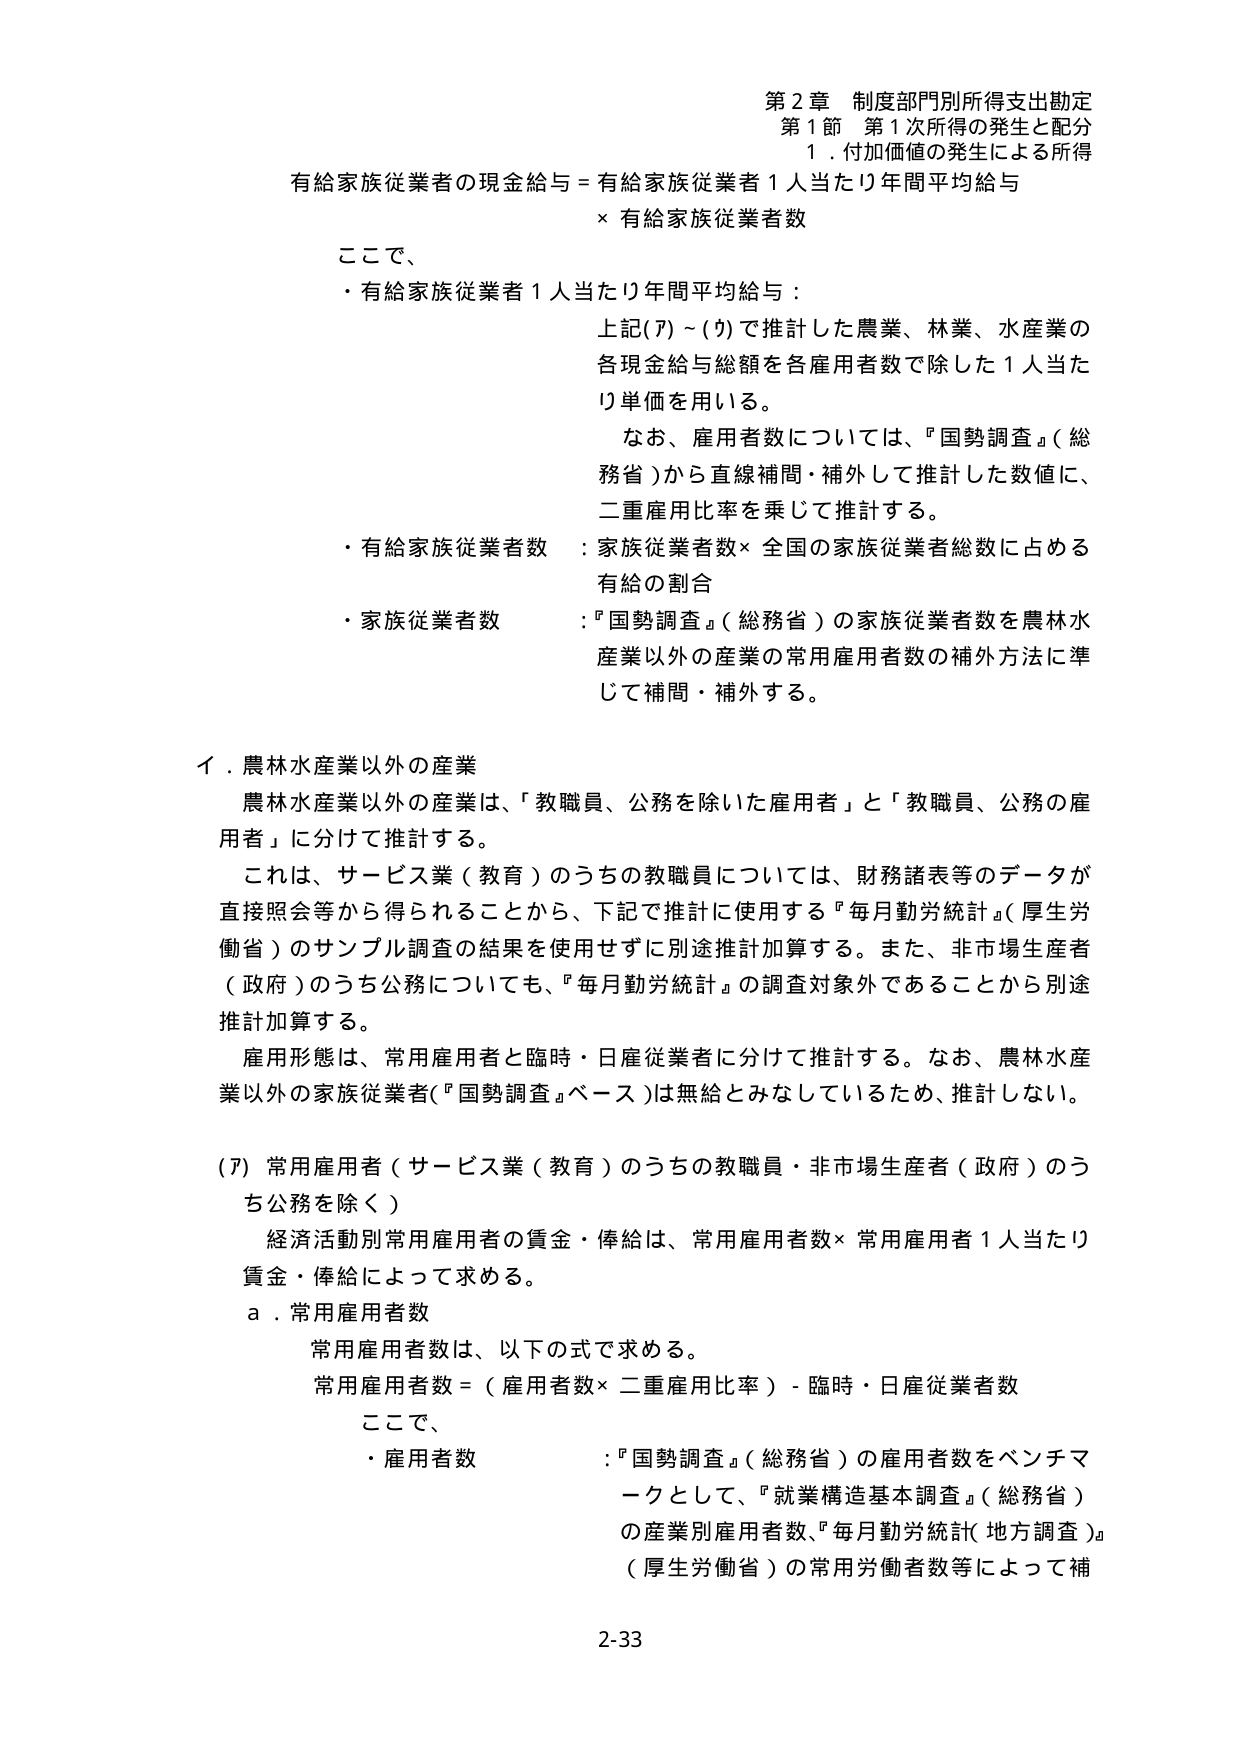
第２章 制度部門別所得支出勘定
第１節 第１次所得の発生と配分
１．付加価値の発生による所得

有給家族従業者の現金給与＝有給家族従業者１人当たり年間平均給与
　× 有給家族従業者数

ここで、
・有給家族従業者１人当たり年間平均給与：
　上記(7)～(9)で推計した農業、林業、水産業の
　各現金給与総額を各雇用者数で除した１人当た
　り単価を用いる。
　なお、雇用者数については、『国勢調査』（総
　務省）から直線補間・補外して推計した数値に、
　二重雇用比率を乗じて推計する。

・有給家族従業者数：家族従業者数×全国の家族従業者総数に占める
　有給の割合

・家族従業者数：『国勢調査』（総務省）の家族従業者数を農林水
　産業以外の産業の常用雇用者数の補外方法に準
　じて補間・補外する。

イ．農林水産業以外の産業
　農林水産業以外の産業は、「教職員、公務を除いた雇用者」と「教職員、公務の雇
　用者」に分けて推計する。
　これは、サービス業（教育）のうちの教職員については、財務諸表等のデータが
　直接照会等から得られることから、下記で推計に使用する『毎月勤労統計』（厚生労
　働省）のサンプル調査の結果を使用せずに別途推計加算する。また、非市場生産者
　（政府）のうち公務についても、『毎月勤労統計』の調査対象外であることから別途
　推計加算する。
　雇用形態は、常用雇用者と臨時・日雇従業者に分けて推計する。なお、農林水産
　業以外の家族従業者（『国勢調査』ベース）は無給とみなしているため、推計しない。

(7) 常用雇用者（サービス業（教育）のうちの教職員・非市場生産者（政府）のう
　ち公務を除く）
　経済活動別常用雇用者の賃金・俸給は、常用雇用者数×常用雇用者１人当たり
　賃金・俸給によって求める。
　a．常用雇用者数
　　常用雇用者数は、以下の式で求める。
　　常用雇用者数＝（雇用者数×二重雇用比率）－臨時・日雇従業者数
　　ここで、
　　・雇用者数：『国勢調査』（総務省）の雇用者数をベンチマ
　　　　　　　ークとして、『就業構造基本調査』（総務省）
　　　　　　　の産業別雇用者数、『毎月勤労統計』（地方調査）
　　　　　　　（厚生労働省）の常用労働者数等によって補

2-33